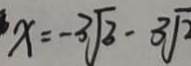
x = - 3 \sqrt { 3 } - 3 \sqrt { 2 }